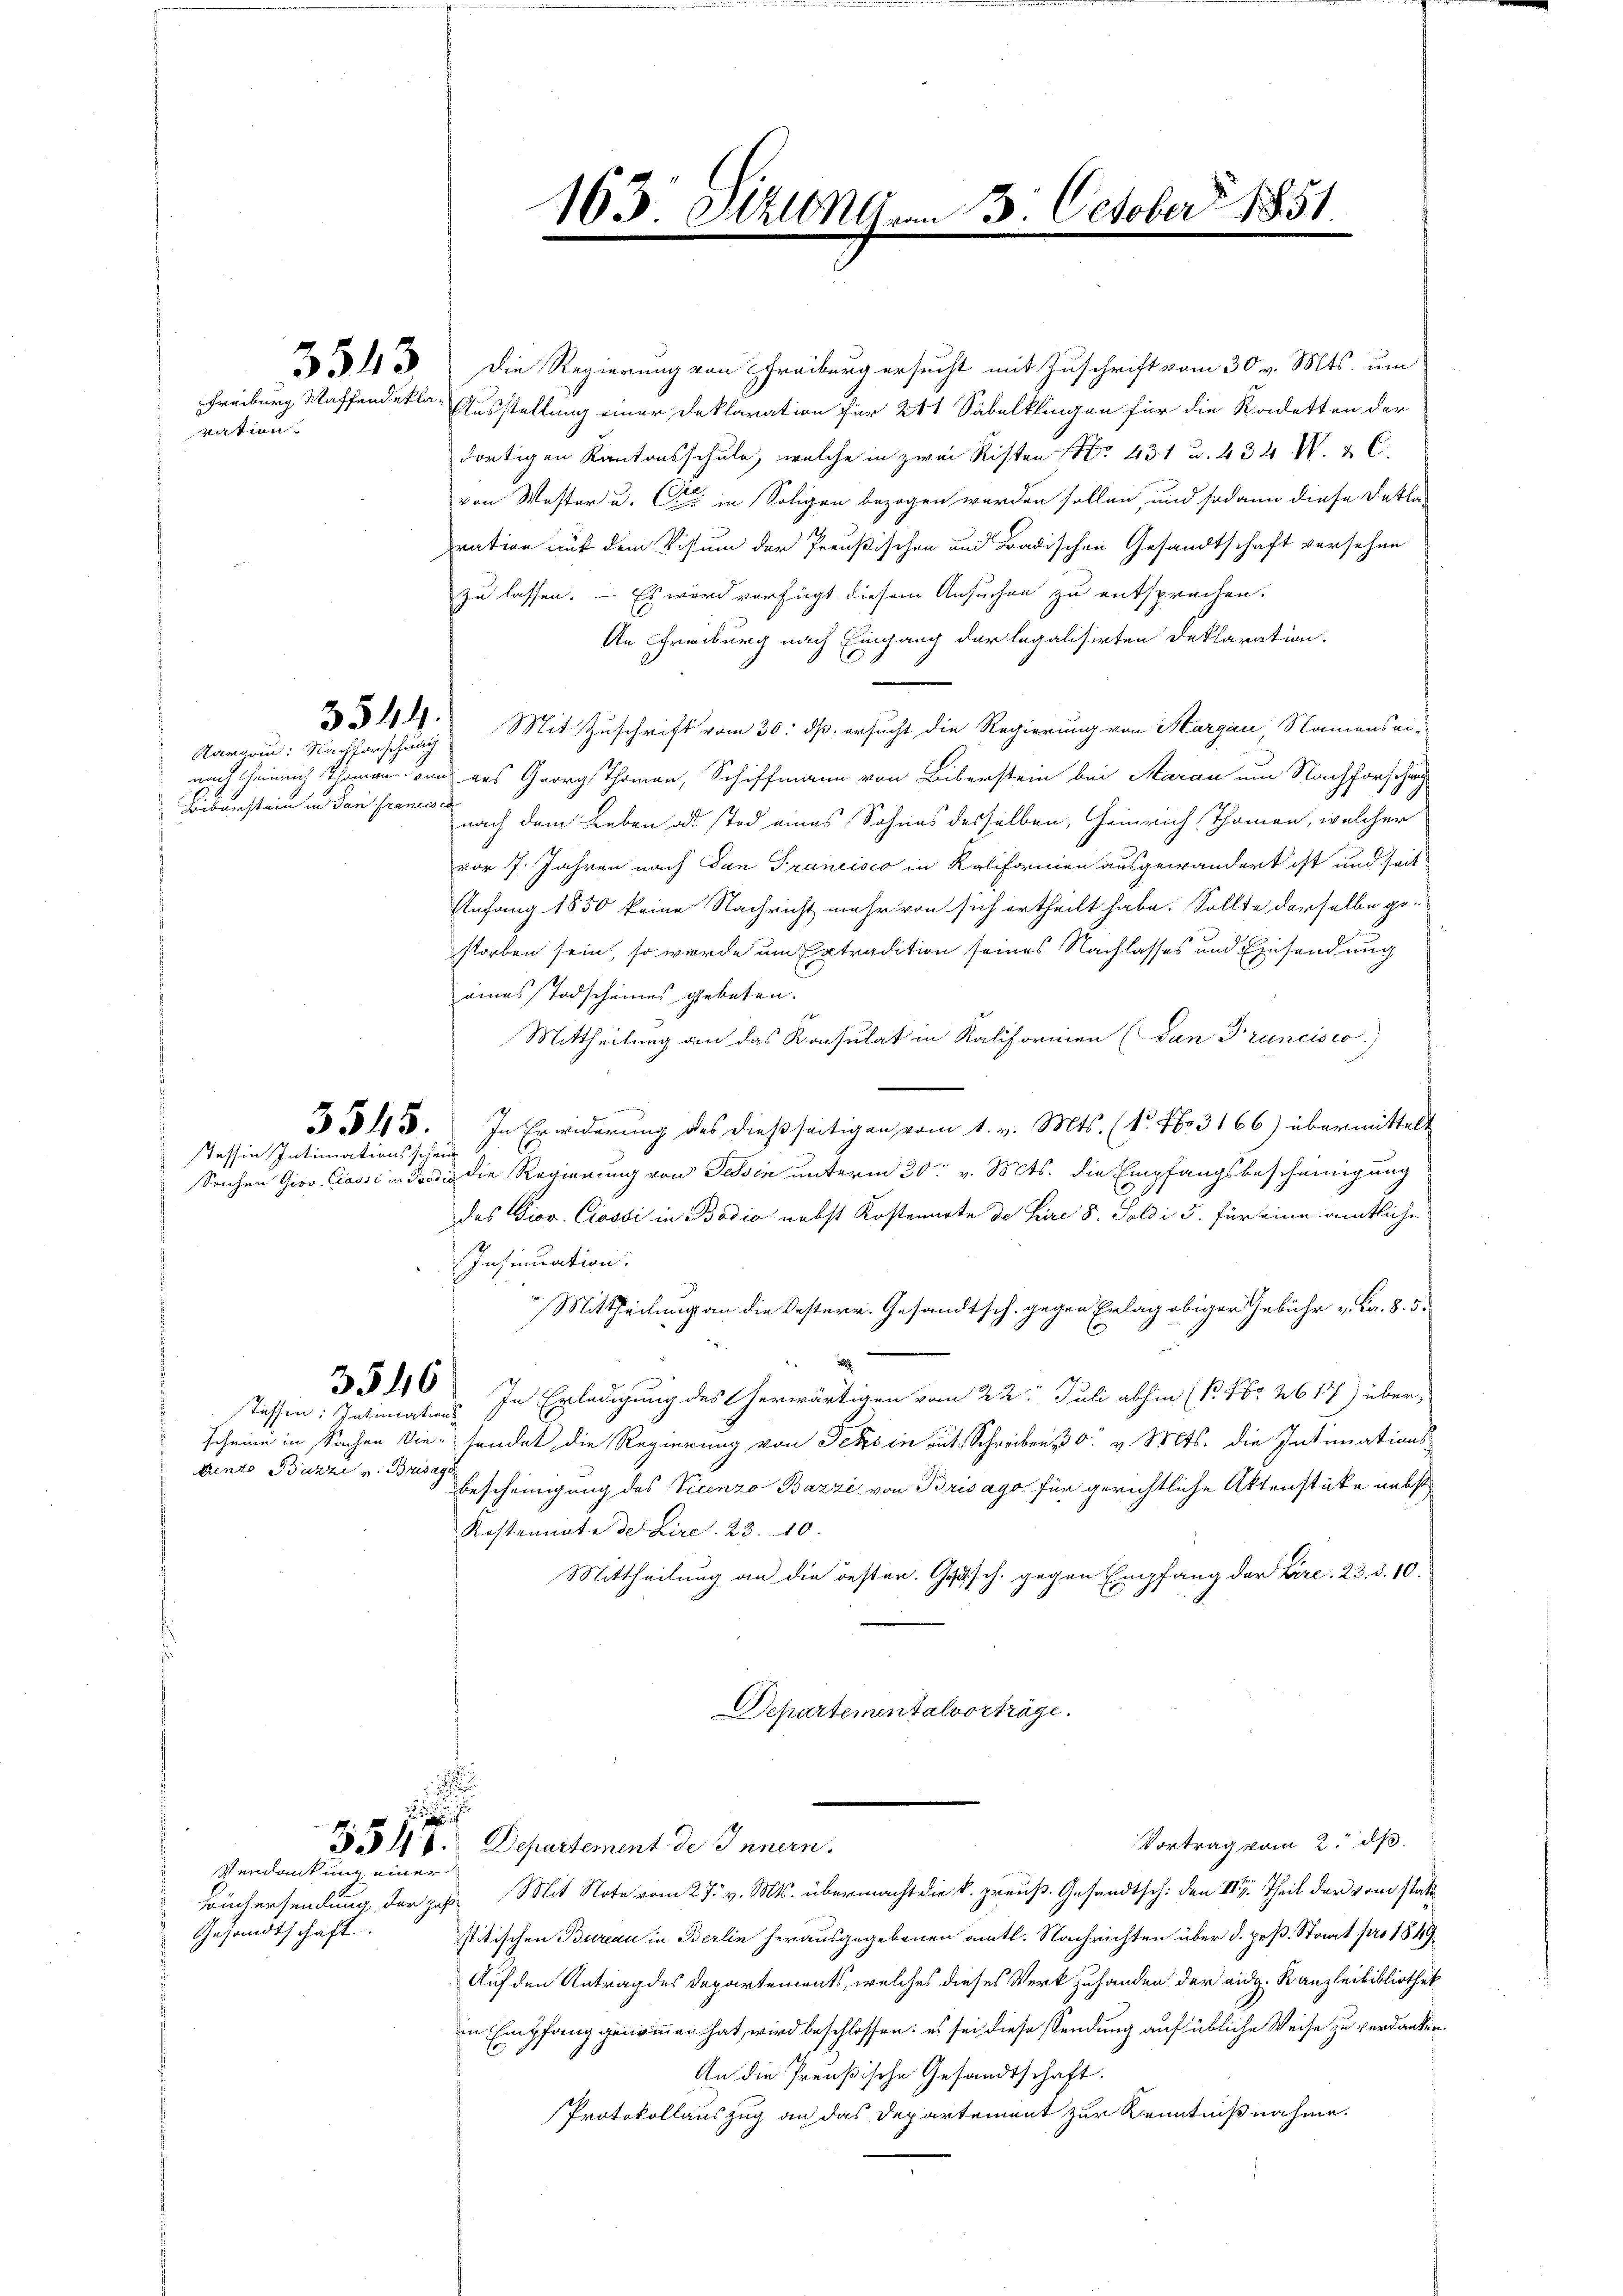
3543

Freiburg Waffendeklavation.

Aargau: Nachforschung
Biberstein in San Frances er

Tessin Intimationsschein

stossen: Intimations

trento Bazzi v. Brisag

h

Verdankung einer
Gesandtschaft.

163. Allmen

o

Die Regierung von Schreiburg ersucht mit Zuschrift vom 30 v. Mts. um
Ausstaltung einer Deklaration für 241 Säbelklingen für die Kadetten der
dortigen Kantonsschule, welche in zwei Risten No 431 u. 434. W. C.
von Wester u. C in Soligen bezogen werden sollen, und sodann diese Dekla-
ration auf dem Visum der Preußischen und Badischen Gesandtschaft versehen
zu lassen. — Es wird verfügt diesem Ansuchen zu entsprechen.
An Freiburg nach Eingang der legalisirten Deklaration.
2344. Mit Zuschrift vom 30. dß ersucht die Regierung von Margau, Namensei-
nach Heinrich Thoman von des Georg Thoman, Schiffmann von Biberstein bei Aarau um Nachforscha
nach dem Leben als tod eines Sohnes desselben, Heinrich Thomen, welcher
vor 7. Jahren nach dan Francisco in Kaliformen ausgewandert ist und seit
Anfang 1850 keine Nachricht mehr von sich ertheilt habe. Sollte derselbe ge-
storben sein, so wurde um Extradition seines Nachlasses und Einsendung
eines Todscheines gebeten.
Mittheilung an das Konsulat in Kaliformien (San Trancisco
§ 545. In Erwiderung des dießseitigen vom 1. v. Mts. (N. No. 3166) übermittelt
Sachen Giov. Cassi in die die Regierung von Tessin unterm 30. v. Mts. die Empfangsbescheinigung
das Giov. Ciossi in Bodio nebst Kostenarte de Lire 8. Soldi 5. für eine amtliche
Insinuation.
 Mittheilung an die Oesterr. Gesandtsch. gegen Erlag obiger Gebühr v. Fr. 8.5.
3540. In Erledigung des Cherwärtigen vom 22. Juli abhin (P. Nr. 2617) überscheine in Sachen diesendet die Regierung von Tessin gut, Schreiben 30. v. Mts. die Intimations-
Bescheinigung des Vicenzo Bazzi, von Brisago für gerichtliche Aktenstücke nebst
Kastemate der Kirc. 23. 10.
Mittheilung an die oester. Gesch. gegen Empfang der Lire. 23. d. 10.
Departementalvorträge.

2. October 1851.

Vortrag vom 2. dß.
354 f. Departement des Innern.
Büchersendung der Jahre Mit Note vom 27. v. Mts. übermacht die k. preuß. Gesandtsch: den II. Theil der vom statt
stitischen Bureau in Berlin herausgegebenen amtl. Nachrichten über d. pr. Staat pro 1849
Auf den Antrag des Departements, welches dieses Werk zuhanden der eidg. Kanzleibibliothek
in Empfang genommen hat, wird beschlossen: es sei diese Sendung auf übliche Weise zu verdanken.
An die Preußische Gesandtschaft.
Protokollauszug an das Departement zur Kenntnißnahme.